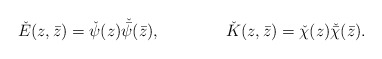
\begin{align*}\check E(z,\bar z)=\check \psi(z)\check {\bar\psi}(\bar z),~~~~~~~~~~~~\check K(z,\bar z)=\check\chi(z)\check{\bar\chi}(\bar z).\end{align*}